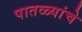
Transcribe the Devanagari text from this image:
पातळ्यांचे